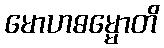
မောဟဓမ္မောတိ